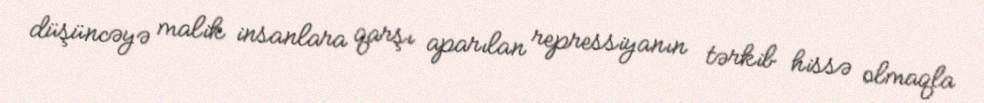
düşüncəyə malik insanlara qarşı aparılan repressiyanın tərkib hissə olmaqla